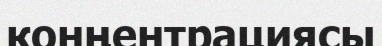
конңентрациясы